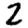
Digit: 2